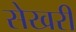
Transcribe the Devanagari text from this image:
सेखरी